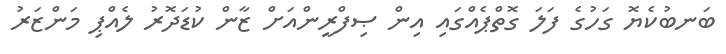
ބަނބުކެޔޮ ގަހުގެ ފަލަ ގޮތްޕެއްގައި އިން ޞިފްރީންއަށް ޒާން ކުޑަދޮރު ލެއްޕި މަންޒަރު